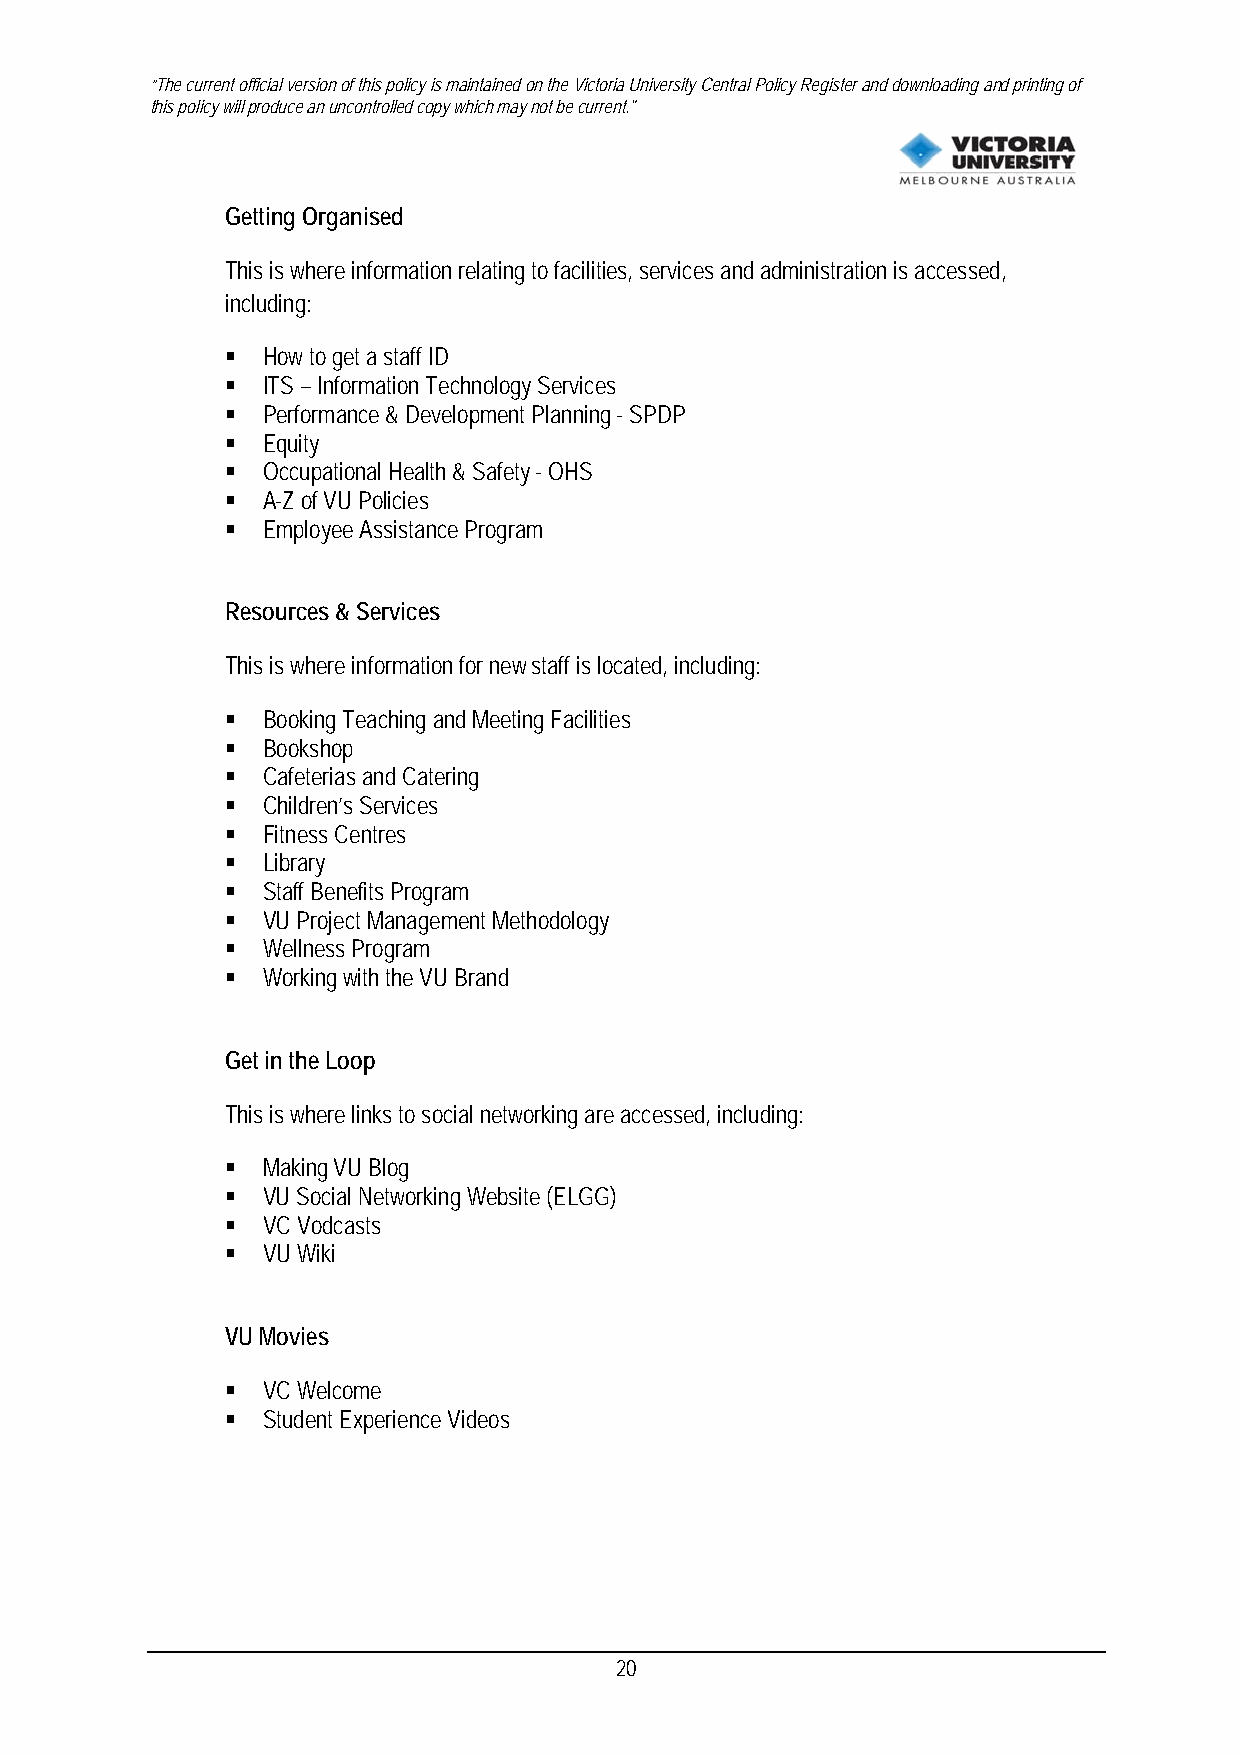
“The current official version of this policy is maintained on the Victoria University Central Policy Register and downloading and printing of
 this policy will produce an uncontrolled copy which may not be current."
 Getting Organised
 This is where information relating to facilities, services and administration is accessed,
 including:
  How to get a staff ID
  ITS – Information Technology Services
  Performance & Development Planning - SPDP
  Equity
  Occupational Health & Safety - OHS
  A-Z of VU Policies
  Employee Assistance Program
 Resources & Services
 This is where information for new staff is located, including:
  Booking Teaching and Meeting Facilities
  Bookshop
  Cafeterias and Catering
  Children’s Services
  Fitness Centres
  Library
  Staff Benefits Program
  VU Project Management Methodology
  Wellness Program
  Working with the VU Brand
 Get in the Loop
 This is where links to social networking are accessed, including:
  Making VU Blog
  VU Social Networking Website (ELGG)
  VC Vodcasts
  VU Wiki
 VU Movies
  VC Welcome
  Student Experience Videos
 20